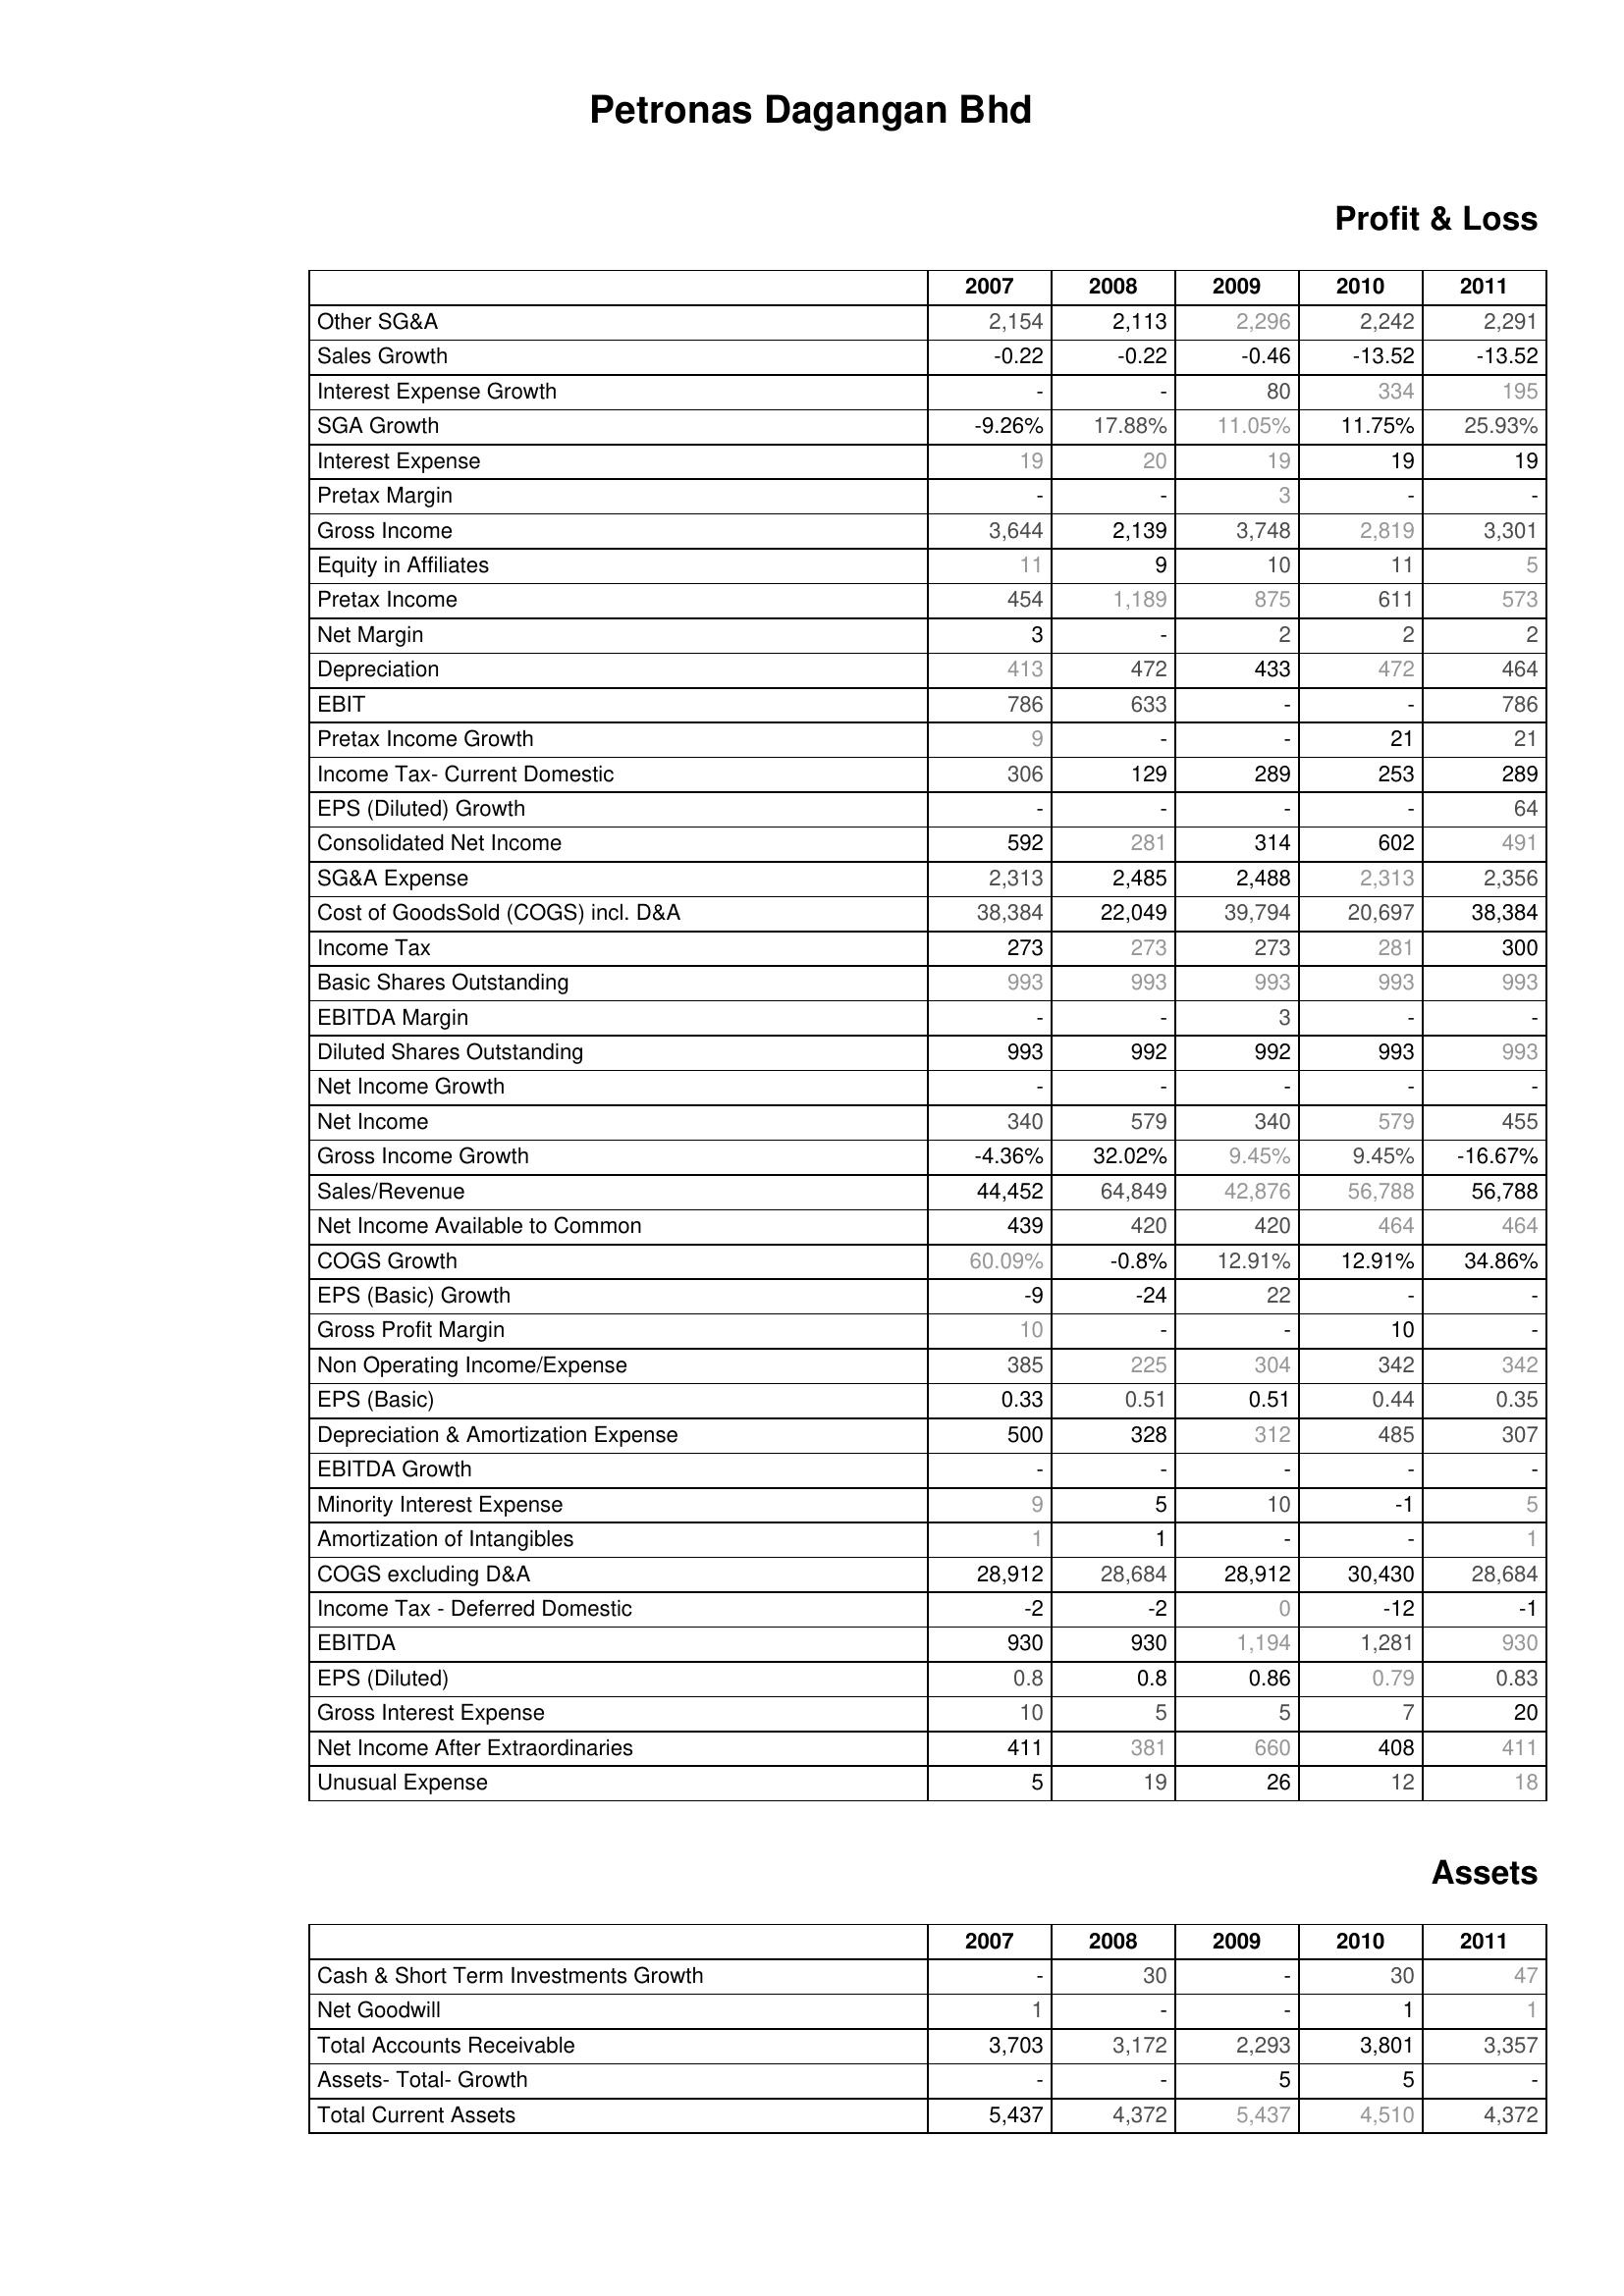
2007: Profit & Loss: Other SG&A: 2,154
Sales Growth: -0.22
Interest Expense Growth: -
SGA Growth: -9.26%
Interest Expense: 19
Pretax Margin: -
Gross Income: 3,644
Equity in Affiliates: 11
Pretax Income: 454
Net Margin: 3
Depreciation: 413
EBIT: 786
Pretax Income Growth: 9
Income Tax- Current Domestic: 306
EPS (Diluted) Growth: -
Consolidated Net Income: 592
SG&A Expense: 2,313
Cost of GoodsSold (COGS) incl. D&A: 38,384
Income Tax: 273
Basic Shares Outstanding: 993
EBITDA Margin: -
Diluted Shares Outstanding: 993
Net Income Growth: -
Net Income: 340
Gross Income Growth: -4.36%
Sales/Revenue: 44,452
Net Income Available to Common: 439
COGS Growth: 60.09%
EPS (Basic) Growth: -9
Gross Profit Margin: 10
Non Operating Income/Expense: 385
EPS (Basic): 0.33
Depreciation & Amortization Expense: 500
EBITDA Growth: -
Minority Interest Expense: 9
Amortization of Intangibles: 1
COGS excluding D&A: 28,912
Income Tax - Deferred Domestic: -2
EBITDA: 930
EPS (Diluted): 0.8
Gross Interest Expense: 10
Net Income After Extraordinaries: 411
Unusual Expense: 5
Assets: Cash & Short Term Investments Growth: -
Net Goodwill: 1
Total Accounts Receivable: 3,703
Assets- Total- Growth: -
Total Current Assets: 5,437
2008: Profit & Loss: Other SG&A: 2,113
Sales Growth: -0.22
Interest Expense Growth: -
SGA Growth: 17.88%
Interest Expense: 20
Pretax Margin: -
Gross Income: 2,139
Equity in Affiliates: 9
Pretax Income: 1,189
Net Margin: -
Depreciation: 472
EBIT: 633
Pretax Income Growth: -
Income Tax- Current Domestic: 129
EPS (Diluted) Growth: -
Consolidated Net Income: 281
SG&A Expense: 2,485
Cost of GoodsSold (COGS) incl. D&A: 22,049
Income Tax: 273
Basic Shares Outstanding: 993
EBITDA Margin: -
Diluted Shares Outstanding: 992
Net Income Growth: -
Net Income: 579
Gross Income Growth: 32.02%
Sales/Revenue: 64,849
Net Income Available to Common: 420
COGS Growth: -0.8%
EPS (Basic) Growth: -24
Gross Profit Margin: -
Non Operating Income/Expense: 225
EPS (Basic): 0.51
Depreciation & Amortization Expense: 328
EBITDA Growth: -
Minority Interest Expense: 5
Amortization of Intangibles: 1
COGS excluding D&A: 28,684
Income Tax - Deferred Domestic: -2
EBITDA: 930
EPS (Diluted): 0.8
Gross Interest Expense: 5
Net Income After Extraordinaries: 381
Unusual Expense: 19
Assets: Cash & Short Term Investments Growth: 30
Net Goodwill: -
Total Accounts Receivable: 3,172
Assets- Total- Growth: -
Total Current Assets: 4,372
2009: Profit & Loss: Other SG&A: 2,296
Sales Growth: -0.46
Interest Expense Growth: 80
SGA Growth: 11.05%
Interest Expense: 19
Pretax Margin: 3
Gross Income: 3,748
Equity in Affiliates: 10
Pretax Income: 875
Net Margin: 2
Depreciation: 433
EBIT: -
Pretax Income Growth: -
Income Tax- Current Domestic: 289
EPS (Diluted) Growth: -
Consolidated Net Income: 314
SG&A Expense: 2,488
Cost of GoodsSold (COGS) incl. D&A: 39,794
Income Tax: 273
Basic Shares Outstanding: 993
EBITDA Margin: 3
Diluted Shares Outstanding: 992
Net Income Growth: -
Net Income: 340
Gross Income Growth: 9.45%
Sales/Revenue: 42,876
Net Income Available to Common: 420
COGS Growth: 12.91%
EPS (Basic) Growth: 22
Gross Profit Margin: -
Non Operating Income/Expense: 304
EPS (Basic): 0.51
Depreciation & Amortization Expense: 312
EBITDA Growth: -
Minority Interest Expense: 10
Amortization of Intangibles: -
COGS excluding D&A: 28,912
Income Tax - Deferred Domestic: 0
EBITDA: 1,194
EPS (Diluted): 0.86
Gross Interest Expense: 5
Net Income After Extraordinaries: 660
Unusual Expense: 26
Assets: Cash & Short Term Investments Growth: -
Net Goodwill: -
Total Accounts Receivable: 2,293
Assets- Total- Growth: 5
Total Current Assets: 5,437
2010: Profit & Loss: Other SG&A: 2,242
Sales Growth: -13.52
Interest Expense Growth: 334
SGA Growth: 11.75%
Interest Expense: 19
Pretax Margin: -
Gross Income: 2,819
Equity in Affiliates: 11
Pretax Income: 611
Net Margin: 2
Depreciation: 472
EBIT: -
Pretax Income Growth: 21
Income Tax- Current Domestic: 253
EPS (Diluted) Growth: -
Consolidated Net Income: 602
SG&A Expense: 2,313
Cost of GoodsSold (COGS) incl. D&A: 20,697
Income Tax: 281
Basic Shares Outstanding: 993
EBITDA Margin: -
Diluted Shares Outstanding: 993
Net Income Growth: -
Net Income: 579
Gross Income Growth: 9.45%
Sales/Revenue: 56,788
Net Income Available to Common: 464
COGS Growth: 12.91%
EPS (Basic) Growth: -
Gross Profit Margin: 10
Non Operating Income/Expense: 342
EPS (Basic): 0.44
Depreciation & Amortization Expense: 485
EBITDA Growth: -
Minority Interest Expense: -1
Amortization of Intangibles: -
COGS excluding D&A: 30,430
Income Tax - Deferred Domestic: -12
EBITDA: 1,281
EPS (Diluted): 0.79
Gross Interest Expense: 7
Net Income After Extraordinaries: 408
Unusual Expense: 12
Assets: Cash & Short Term Investments Growth: 30
Net Goodwill: 1
Total Accounts Receivable: 3,801
Assets- Total- Growth: 5
Total Current Assets: 4,510
2011: Profit & Loss: Other SG&A: 2,291
Sales Growth: -13.52
Interest Expense Growth: 195
SGA Growth: 25.93%
Interest Expense: 19
Pretax Margin: -
Gross Income: 3,301
Equity in Affiliates: 5
Pretax Income: 573
Net Margin: 2
Depreciation: 464
EBIT: 786
Pretax Income Growth: 21
Income Tax- Current Domestic: 289
EPS (Diluted) Growth: 64
Consolidated Net Income: 491
SG&A Expense: 2,356
Cost of GoodsSold (COGS) incl. D&A: 38,384
Income Tax: 300
Basic Shares Outstanding: 993
EBITDA Margin: -
Diluted Shares Outstanding: 993
Net Income Growth: -
Net Income: 455
Gross Income Growth: -16.67%
Sales/Revenue: 56,788
Net Income Available to Common: 464
COGS Growth: 34.86%
EPS (Basic) Growth: -
Gross Profit Margin: -
Non Operating Income/Expense: 342
EPS (Basic): 0.35
Depreciation & Amortization Expense: 307
EBITDA Growth: -
Minority Interest Expense: 5
Amortization of Intangibles: 1
COGS excluding D&A: 28,684
Income Tax - Deferred Domestic: -1
EBITDA: 930
EPS (Diluted): 0.83
Gross Interest Expense: 20
Net Income After Extraordinaries: 411
Unusual Expense: 18
Assets: Cash & Short Term Investments Growth: 47
Net Goodwill: 1
Total Accounts Receivable: 3,357
Assets- Total- Growth: -
Total Current Assets: 4,372